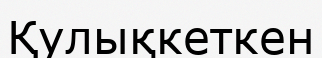
Қулықкеткен